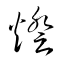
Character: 燈